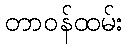
တာဝန်ထမ်း